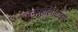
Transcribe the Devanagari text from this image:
जेनोहोलोटाइप